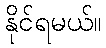
နိုင်ရမယ်။